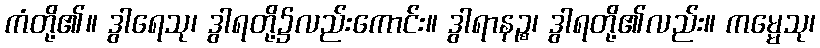
ကံတို့၏။ ဒွါရေသု၊ ဒွါရတို့၌လည်းကောင်း။ ဒွါရာနဉ္စ၊ ဒွါရတို့၏လည်း။ ကမ္မေသု၊